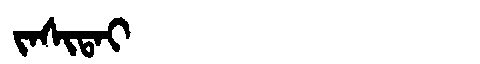
Manchu: ᠵᠠᠰᡳᡨᠠᡳ
Romanization: JASITAI